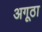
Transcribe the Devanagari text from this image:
अगूठा